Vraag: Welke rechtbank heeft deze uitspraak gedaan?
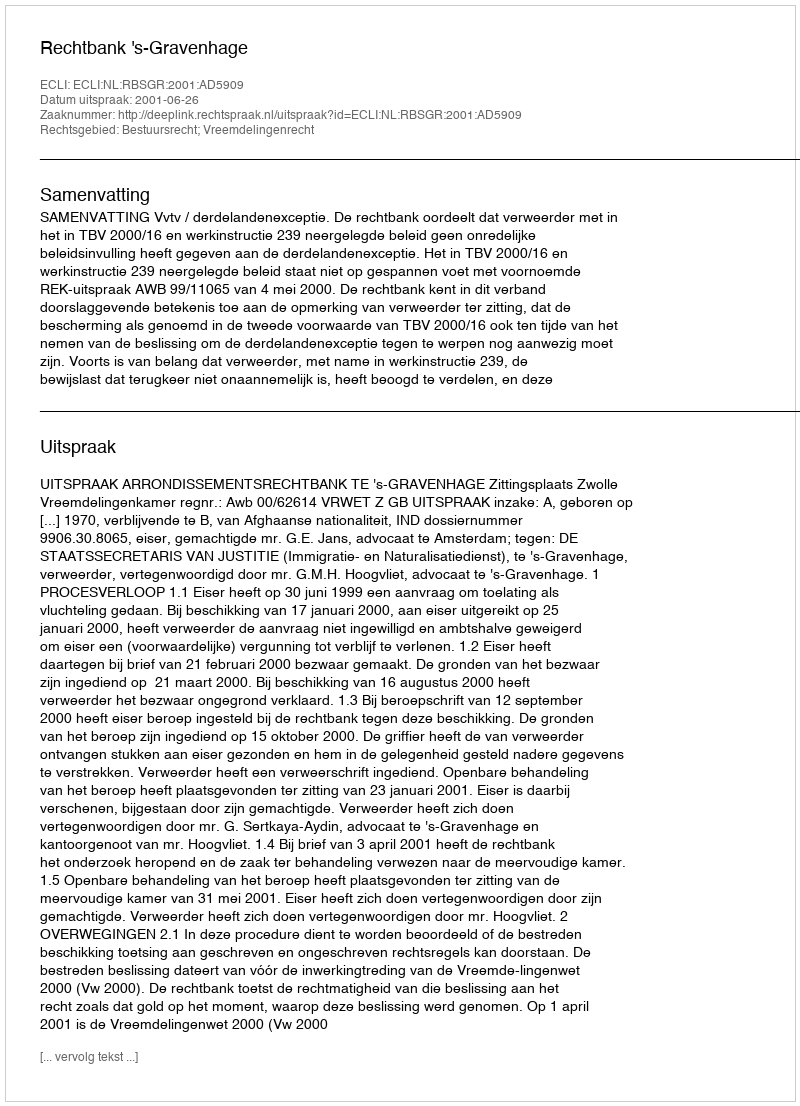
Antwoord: Rechtbank 's-Gravenhage